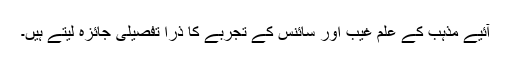
آئیے مذہب کے علم غیب اور سائنس کے تجربے کا ذرا تفصیلی جائزہ لیتے ہیں۔